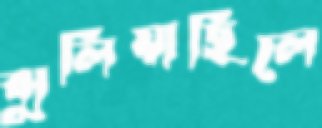
ঝুলিয়াছিলে